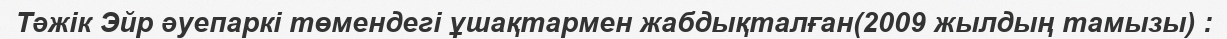
Тәжік Эйр әуепаркі төмендегі ұшақтармен жабдықталған(2009 жылдың тамызы) :